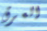
العرق